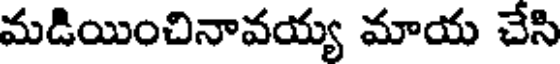
మడియించినావయ్య మాయ చేసి